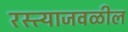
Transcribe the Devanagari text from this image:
रस्त्याजवळील